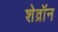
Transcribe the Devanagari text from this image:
शेव्रॉन